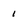
Character: 1